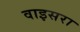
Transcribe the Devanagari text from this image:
वाइसरा